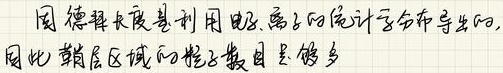
因德拜长度是利用电、离子的统计分布导出的，
因此鞘层区域的粒子数目足够多